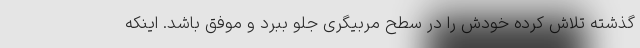
گذشته تلاش کرده خودش را در سطح مربیگری جلو ببرد و موفق باشد. اینکه